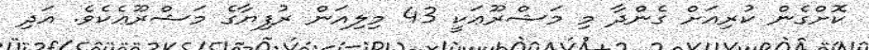
ކޮށްގެން ކުރިއަށް ގެންދާ މި މަޝްރޫޢަކީ 43 މިލިއަން ރުފިޔާގެ މަޝްރޫޢެކެވެ. އަދި